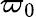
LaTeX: \varpi_{0}